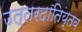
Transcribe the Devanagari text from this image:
उत्तरदातिय्तव